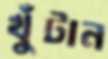
খুঁটান